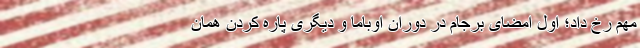
مهم رخ داد؛ اول امضای برجام در دوران اوباما و دیگری پاره کردن همان